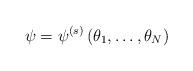
LaTeX: \begin{align*}\psi =\psi ^{(s)}\left( \theta _{1},\dots ,\theta _{N}\right)\end{align*}